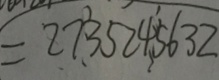
= 2 7 3 5 2 4 5 6 3 2